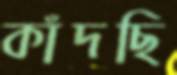
কাঁদছি